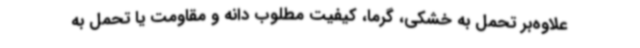
علاوه‌بر تحمل به خشکی، گرما، کیفیت مطلوب دانه و مقاومت یا تحمل به